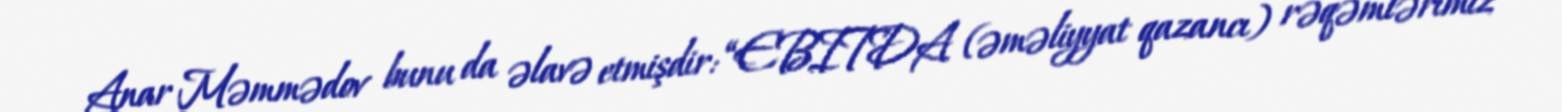
Anar Məmmədov bunu da əlavə etmişdir: “EBITDA (əməliyyat qazancı) rəqəmlərimiz